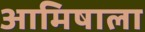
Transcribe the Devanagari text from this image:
आमिषाला